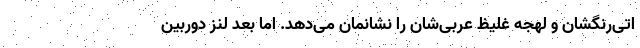
اتی‌رنگشان و لهجه غلیظ عربی‌شان را نشانمان می‌دهد. اما بعد لنز دوربین